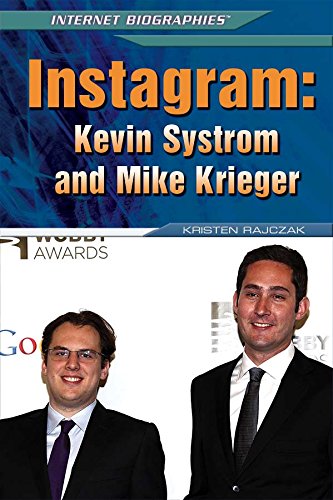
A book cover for Instagram: Kevin Systrom and Mike Krieger (Internet Biographies); Kristen Rajczak; Teen & Young Adult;